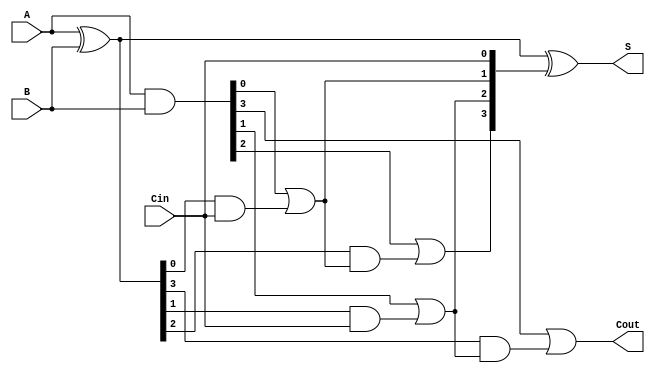
module ParallelPrefixAdder #(parameter n = 4) (
    input  [n-1:0] A,     // First operand
    input  [n-1:0] B,     // Second operand
    input          Cin,    // Carry-in
    output [n-1:0] S,     // Sum output
    output         Cout     // Carry-out
);

    // Generate (G) and Propagate (P) signals
    wire [n-1:0] G; // Generate signals
    wire [n-1:0] P; // Propagate signals
    wire [n:0] C;   // Carry signals

    // Generate and Propagate calculations
    assign G = A & B;         // G[i] = A[i] & B[i]
    assign P = A ^ B;         // P[i] = A[i] ^ B[i]

    // Carry signals computation using Kogge-Stone structure
    assign C[0] = Cin;        // Initial carry-in

    // Level 1
    genvar i;
    generate
        for (i = 0; i < n; i = i + 1) begin
            if (i == 0) begin
                assign C[i + 1] = G[i] | (P[i] & C[i]);
            end else begin
                assign C[i + 1] = G[i] | (P[i] & C[i - 1]);
            end
        end
    endgenerate

    // Level 2
    generate
        for (i = 0; i < n-1; i = i + 1) begin
            assign C[i + 1 + n] = G[i + 1] | (P[i + 1] & C[i + 1]);
        end
    endgenerate

    // Sum calculation
    assign S = P ^ {C[n-1:0]}; // S[i] = P[i] ^ C[i]

    // Final carry-out
    assign Cout = C[n];

endmodule